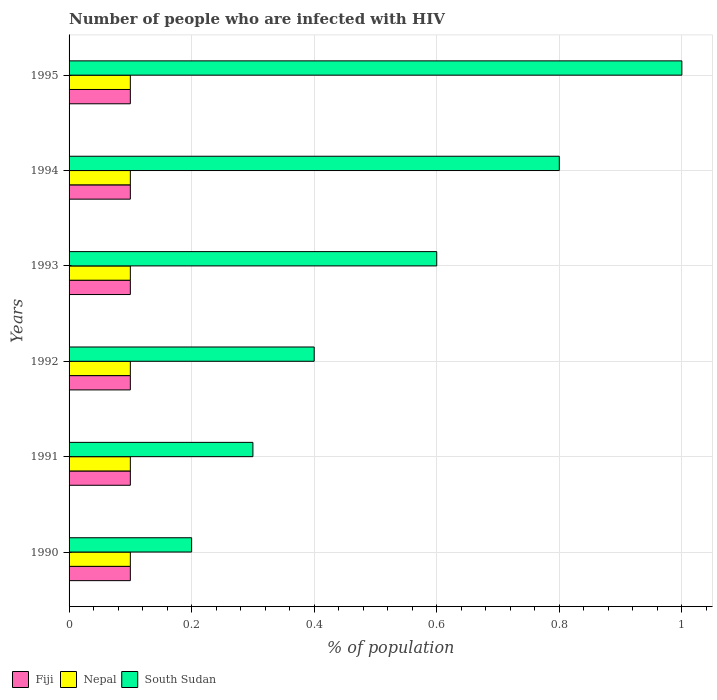
| Years | Fiji | Nepal | South Sudan |
 | --- | --- | --- | --- |
 | 1990 | 0.1 | 0.1 | 0.2 |
 | 1991 | 0.1 | 0.1 | 0.3 |
 | 1992 | 0.1 | 0.1 | 0.4 |
 | 1993 | 0.1 | 0.1 | 0.6 |
 | 1994 | 0.1 | 0.1 | 0.8 |
 | 1995 | 0.1 | 0.1 | 1 |